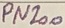
Text: PN200